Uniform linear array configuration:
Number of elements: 4
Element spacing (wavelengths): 0.75
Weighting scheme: cosine
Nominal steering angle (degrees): -45
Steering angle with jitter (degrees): -46.343
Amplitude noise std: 0.05
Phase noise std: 0.05

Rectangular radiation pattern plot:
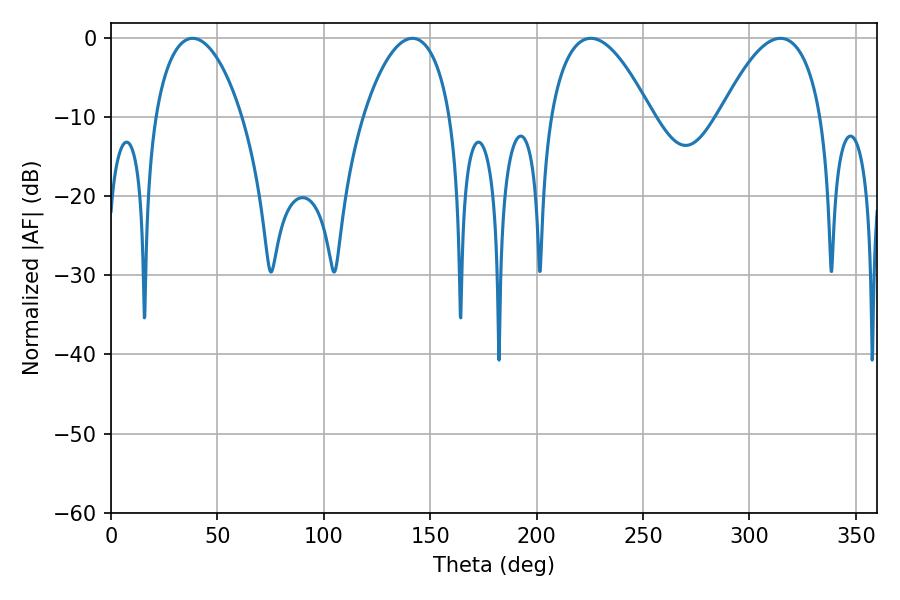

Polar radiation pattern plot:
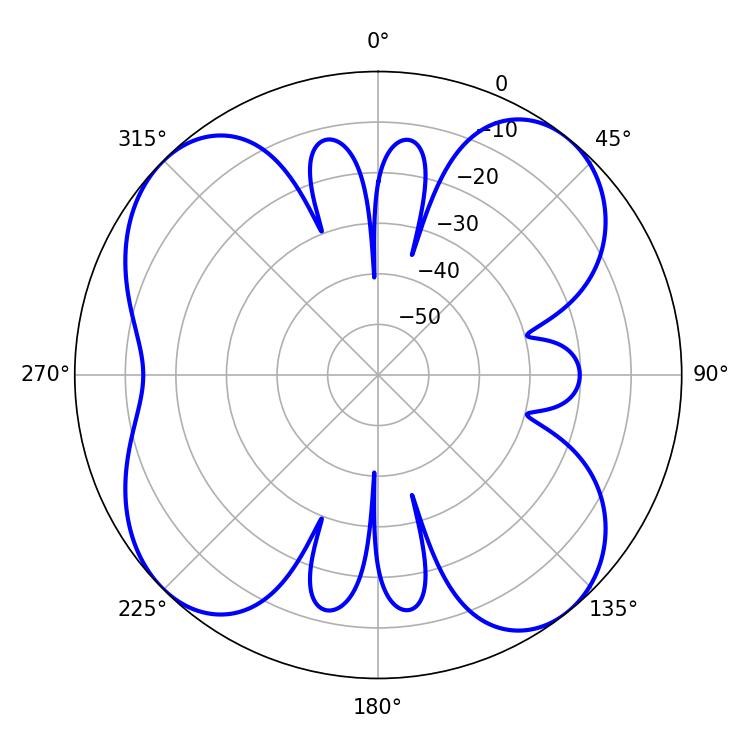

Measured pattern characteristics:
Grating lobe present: TRUE
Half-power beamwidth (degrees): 23.22
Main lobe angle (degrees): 38.34